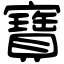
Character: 寶